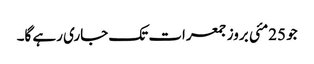
جو 25مئی بروز جمعرات تک جاری رہے گا۔